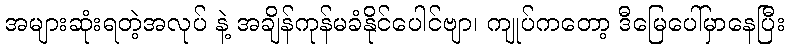
အများဆုံးရတဲ့အလုပ် နဲ့ အချိန်ကုန်မခံနိုင်ပေါင်ဗျာ၊ ကျုပ်ကတော့ ဒီမြေပေါ်မှာနေပြီး